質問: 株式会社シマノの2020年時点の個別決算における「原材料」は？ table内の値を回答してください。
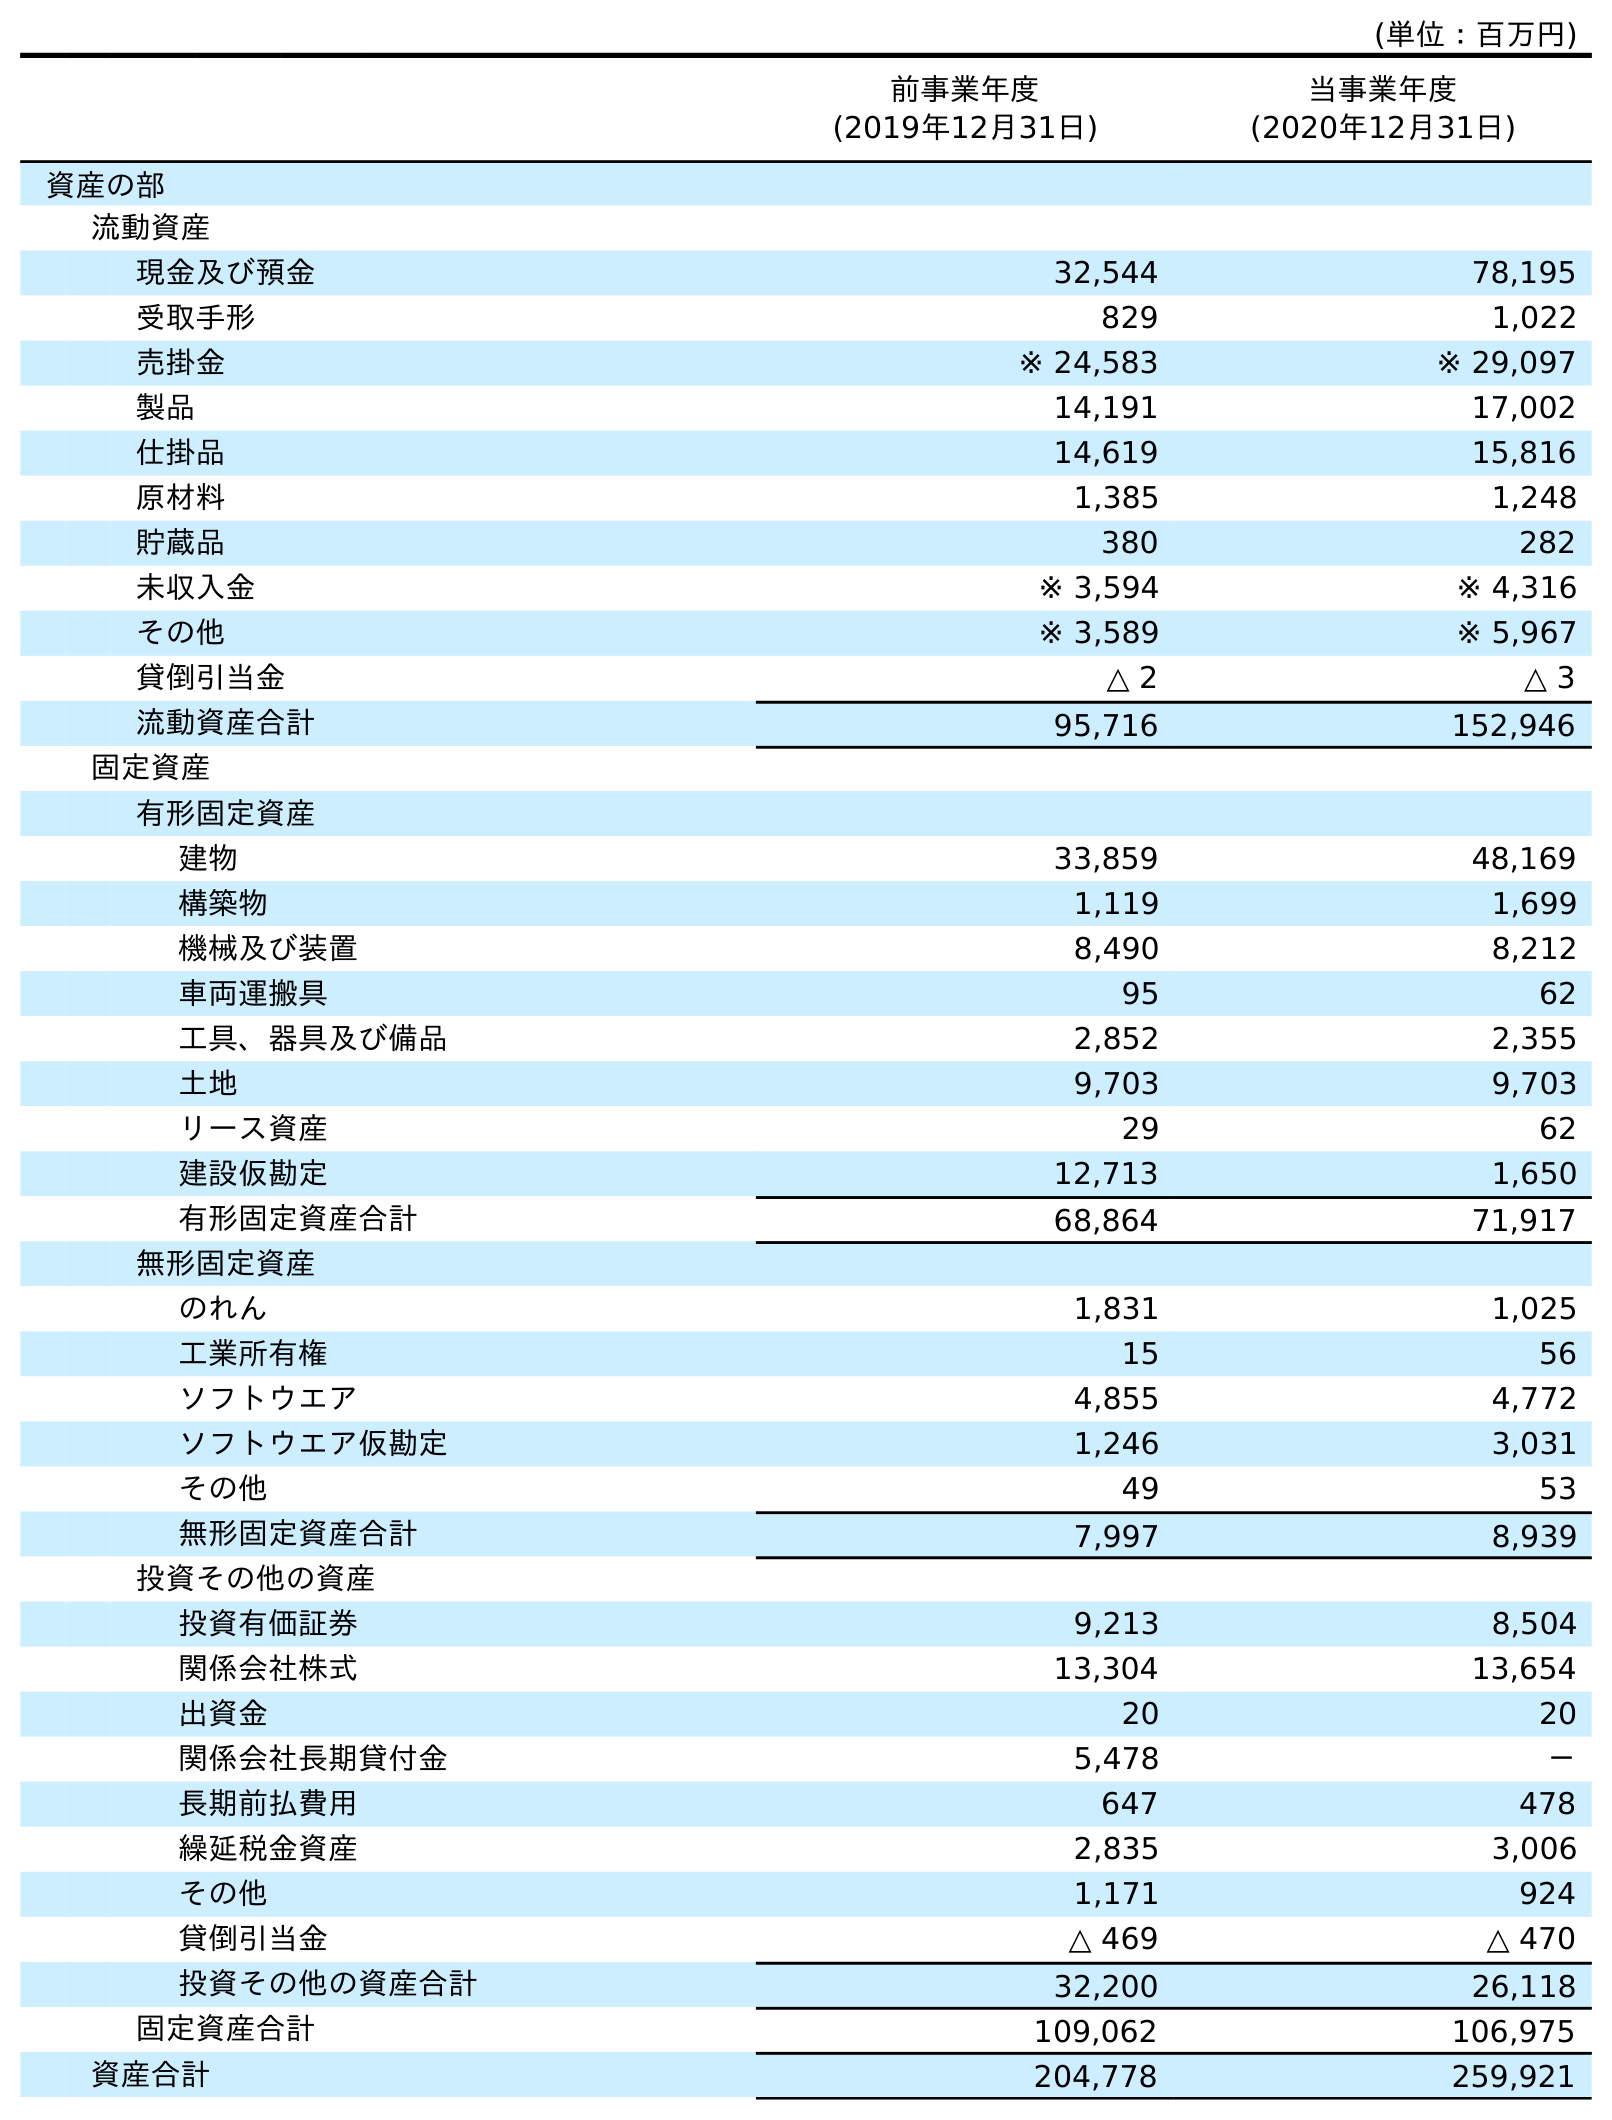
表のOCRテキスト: (単位：百万円) 前事業年度 (2019年12月31日) 当事業年度 (2020年12月31日) 資産の部 流動資産 現金及び預金 32,544 78,195 受取手形 829 1,022 売掛金 ※ 24,583 ※ 29,097 製品 14,191 17,002 仕掛品 14,619 15,816 原材料 1,385 1,248 貯蔵品 380 282 未収入金 ※ 3,594 ※ 4,316 その他 ※ 3,589 ※ 5,967 貸倒引当金 △ 2 △ 3 流動資産合計 95,716 152,946 固定資産 有形固定資産 建物 33,859 48,169 構築物 1,119 1,699 機械及び装置 8,490 8,212 車両運搬具 95 62 工具、器具及び備品 2,852 2,355 土地 9,703 9,703 リース資産 29 62 建設仮勘定 12,713 1,650 有形固定資産合計 68,864 71,917 無形固定資産 のれん 1,831 1,025 工業所有権 15 56 ソフトウエア 4,855 4,772 ソフトウエア仮勘定 1,246 3,031 その他 49 53 無形固定資産合計 7,997 8,939 投資その他の資産 投資有価証券 9,213 8,504 関係会社株式 13,304 13,654 出資金 20 20 関係会社長期貸付金 5,478 － 長期前払費用 647 478 繰延税金資産 2,835 3,006 その他 1,171 924 貸倒引当金 △ 469 △ 470 投資その他の資産合計 32,200 26,118 固定資産合計 109,062 106,975 資産合計 204,778 259,921
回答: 1,248